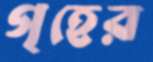
গৃহের